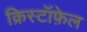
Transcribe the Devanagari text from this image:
क्रिस्टॉफ़ेल